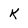
Character: k